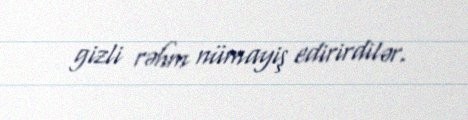
gizli rəhm nümayiş edirirdilər.